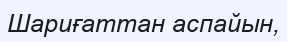
Шариғаттан аспайын,